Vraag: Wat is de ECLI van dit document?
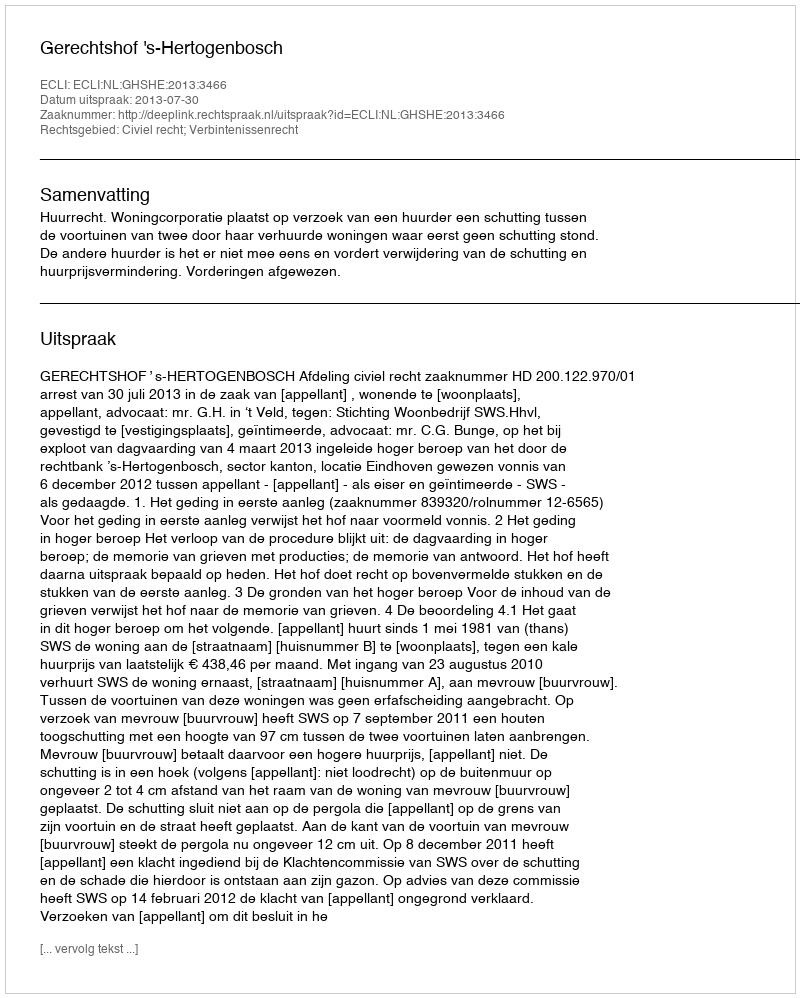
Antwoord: ECLI:NL:GHSHE:2013:3466